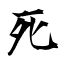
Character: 死